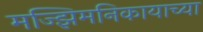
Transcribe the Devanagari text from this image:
मज्झिमनिकायाच्या